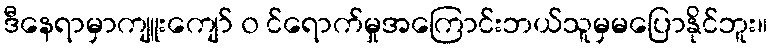
ဒီနေရာမှာကျူးကျော် ၀ င်ရောက်မှုအကြောင်းဘယ်သူမှမပြောနိုင်ဘူး။